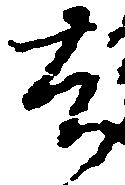
去